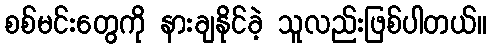
စစ်မင်းတွေကို နားချနိုင်ခဲ့ သူလည်းဖြစ်ပါတယ်။